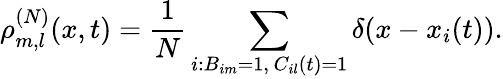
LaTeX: \rho_{m,l}^{(N)}(x,t)=\frac{1}{N}\sum_{\substack{i:B_{im}=1,\, C_{il}(t)=1}}\delta(x-x_{i}(t)).